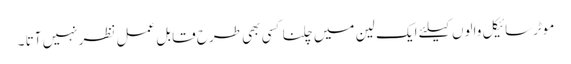
موٹرسائیکل والوں کیلئے ایک لین میں چلنا کسی بھی طرح قابل عمل نظر نہیں آتا ۔